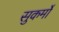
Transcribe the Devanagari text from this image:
सुकर्मों